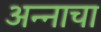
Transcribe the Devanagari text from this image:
अन्‍नाचा